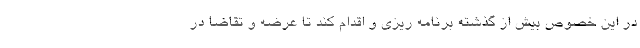
در این خصوص بیش از گذشته برنامه ریزی و اقدام کند تا عرضه و تقاضا در